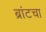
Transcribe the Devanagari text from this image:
ब्रांटचा